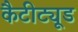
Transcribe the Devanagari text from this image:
कैटीट्यूड